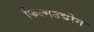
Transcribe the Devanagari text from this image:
फिल्मउद्योग